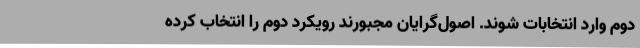
دوم وارد انتخابات شوند. اصول‌گرایان مجبورند رویکرد دوم را انتخاب کرده